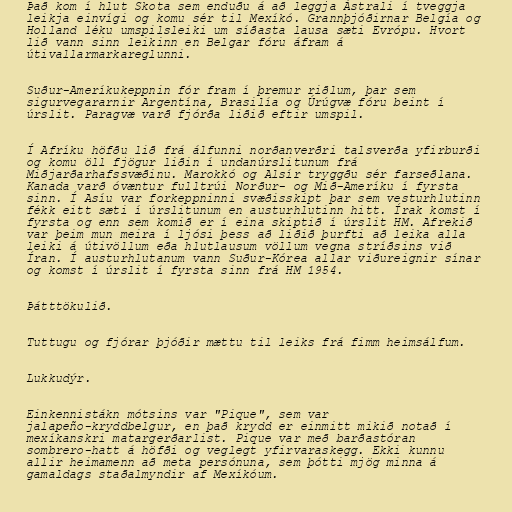
Það kom í hlut Skota sem enduðu á að leggja Ástrali í tveggja
leikja einvígi og komu sér til Mexíkó. Grannþjóðirnar Belgía og
Holland léku umspilsleiki um síðasta lausa sæti Evrópu. Hvort
lið vann sinn leikinn en Belgar fóru áfram á
útivallarmarkareglunni.

Suður-Ameríkukeppnin fór fram í þremur riðlum, þar sem
sigurvegararnir Argentína, Brasilía og Úrúgvæ fóru beint í
úrslit. Paragvæ varð fjórða liðið eftir umspil.

Í Afríku höfðu lið frá álfunni norðanverðri talsverða yfirburði
og komu öll fjögur liðin í undanúrslitunum frá
Miðjarðarhafssvæðinu. Marokkó og Alsír tryggðu sér farseðlana.
Kanada varð óvæntur fulltrúi Norður- og Mið-Ameríku í fyrsta
sinn. Í Asíu var forkeppninni svæðisskipt þar sem vesturhlutinn
fékk eitt sæti í úrslitunum en austurhlutinn hitt. Írak komst í
fyrsta og enn sem komið er í eina skiptið í úrslit HM. Afrekið
var þeim mun meira í ljósi þess að liðið þurfti að leika alla
leiki á útivöllum eða hlutlausum völlum vegna stríðsins við
Íran. Í austurhlutanum vann Suður-Kórea allar viðureignir sínar
og komst í úrslit í fyrsta sinn frá HM 1954.

Þátttökulið.

Tuttugu og fjórar þjóðir mættu til leiks frá fimm heimsálfum.

Lukkudýr.

Einkennistákn mótsins var "Pique", sem var
jalapeño-kryddbelgur, en það krydd er einmitt mikið notað í
mexíkanskri matargerðarlist. Pique var með barðastóran
sombrero-hatt á höfði og veglegt yfirvaraskegg. Ekki kunnu
allir heimamenn að meta persónuna, sem þótti mjög minna á
gamaldags staðalmyndir af Mexíkóum.